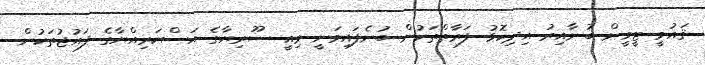
ޤައުމީ ޓީވީން ބުނާއިރު އިދިކޮޅު ފަރާތްތަކުން ބުނެފައިވަނީ މިއީ ސޫރިޔާގެ އަސްކަރިއްޔާގެ ފައުޖުތަކުން